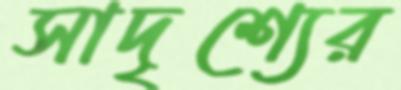
সাদৃশ্যের